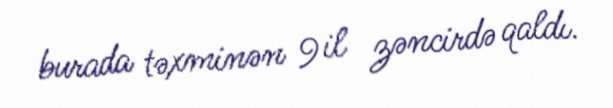
burada təxminən 9 il zəncirdə qaldı.